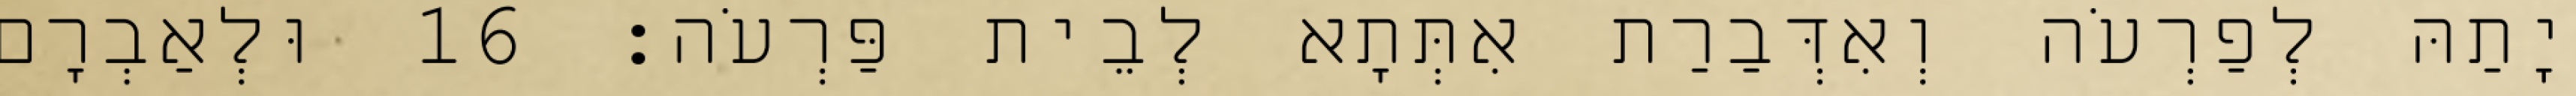
יָתַהּ לְפַרְעֹה וְאִדְּבַרַת אִתְּתָא לְבֵית פַּרְעֹה׃ 16 וּלְאַבְרָם